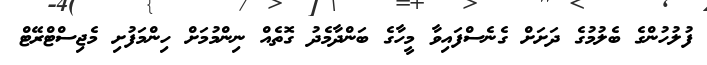
ފުލުހުންގެ ބެލުމުގެ ދަށަށް ގެނެސްފައިވާ މީހާގެ ބަންދާމެދު ގޮތެއް ނިންމުމަށް ހިންމަފުށި މެޖިސްޓްރޭޓް